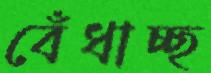
বেঁধাচ্ছ